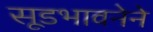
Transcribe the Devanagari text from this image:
सूडभावनेने